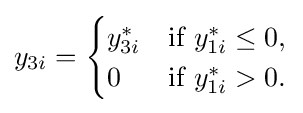
y_{3i}={\begin{cases}y_{3i}^{*}&{\text{if }}y_{1i}^{*}\leq 0,\\0&{\text{if }}y_{1i}^{*}>0.\end{cases}}